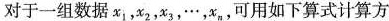
对于一组数据x_{1}，x_{2}，x_{3}，…，x_{n}，可用如下算式计算方